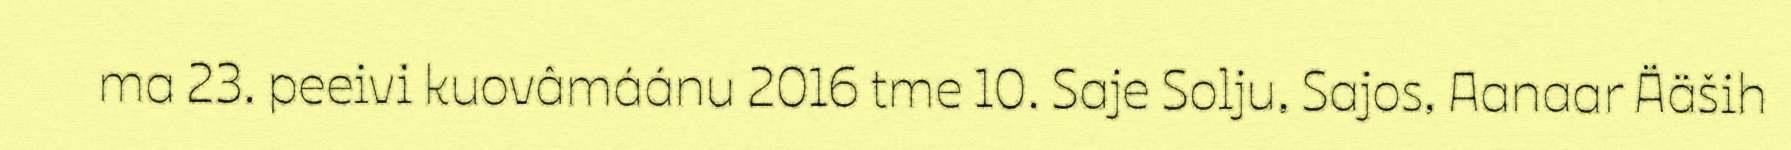
ma 23. peeivi kuovâmáánu 2016 tme 10. Saje Solju, Sajos, Aanaar Ääših